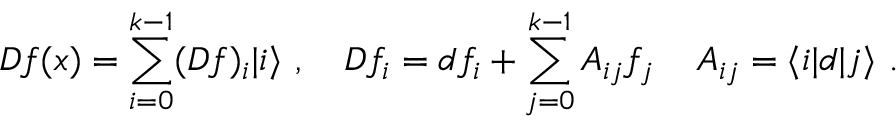
D f ( x ) = \sum _ { i = 0 } ^ { k - 1 } ( D f ) _ { i } | i \rangle \, \, , \quad D f _ { i } = d f _ { i } + \sum _ { j = 0 } ^ { k - 1 } A _ { i j } f _ { j } \, \quad A _ { i j } = \langle i | d | j \rangle \, \, .